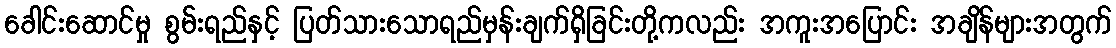
ခေါင်းဆောင်မှု စွမ်းရည်နှင့် ပြတ်သားသောရည်မှန်းချက်ရှိခြင်းတို့ကလည်း အကူးအပြောင်း အချိန်များအတွက်